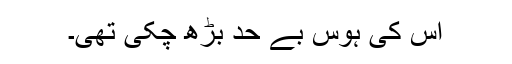
اس کی ہوس بے حد بڑھ چکی تھی۔